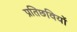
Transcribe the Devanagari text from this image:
प्रतिछवियों